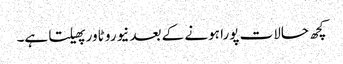
کچھ حالات پورا ہونے کے بعد نیورو ٹاور پھیلتا ہے۔